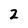
Character: 2